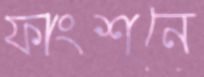
ফাংশনে